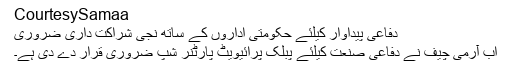
CourtesySamaa
دفاعی پیداوار کیلئے حکومتی اداروں کے ساتھ نجی شراکت داری ضروری
اب آرمی چیف نے دفاعی صنعت کیلئے پبلک پرائیویٹ پارٹنر شپ ضروری قرار دے دی ہے۔